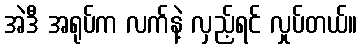
အဲဒီ အရုပ်က လက်နဲ့ လှည့်ရင် လှုပ်တယ်။